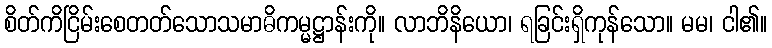
စိတ်ကိငြိမ်းစေတတ်သောသမာဓိကမ္မဋ္ဌာန်းကို။ လာဘိနိယော၊ ရခြင်းရှိကုန်သော။ မမ၊ ငါ၏။